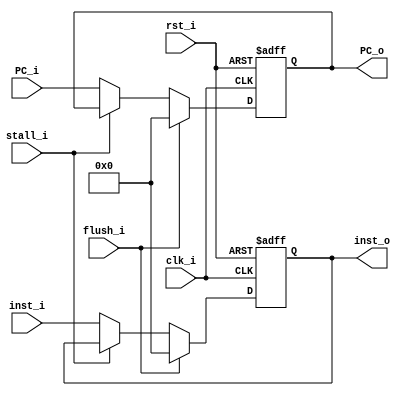
module IF_ID (
    clk_i, rst_i, flush_i, stall_i, 
    inst_i, PC_i,
    inst_o, PC_o
);
input         clk_i, rst_i, flush_i, stall_i;
input  [31:0] inst_i, PC_i;
output reg [31:0] inst_o, PC_o;

always @(posedge clk_i or posedge rst_i)begin
    if(rst_i)begin
        inst_o <= 32'b0;
        PC_o <= 32'b0;
    end
    else begin
        if(flush_i)begin
            PC_o <= 32'b0;
            inst_o <= 32'b0;
        end
        else if(!stall_i)begin
            PC_o <= PC_i;
            inst_o <= inst_i;
        end
    end
end
endmodule